Insane asylums Bombay 1873-77 - 1873-1877
Year: 1873
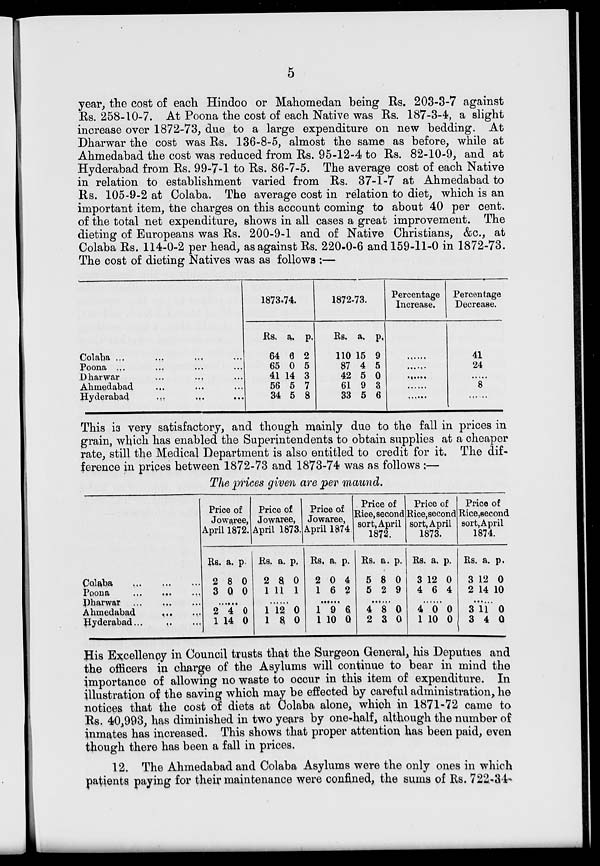
5
year, the cost of each Hindoo or Mahomedan being Rs. 203-3-7 against
Rs. 258-10-7. At Poona the cost of each Native was Rs. 187-3-4, a slight
increase over 1872-73, due to a large expenditure on new bedding. At
Dharwar the cost was Rs. 136-8-5, almost the same as before, while at
Ahmedabad the cost was reduced from Rs. 95-12-4 to Rs. 82-10-9, and at
Hyderabad from Rs. 99-7-1 to Rs. 86-7-5. The average cost of each Native
in relation to establishment varied from Rs. 37-1-7 at Ahmedabad to
Rs. 105-9-2 at Colaba. The average cost in relation to diet, which is an
important item, the charges on this account coming to about 40 per cent.
of the total net expenditure, shows in all cases a great improvement. The
dieting of Europeans was Rs. 200-9-1 and of Native Christians, &c., at
Colaba Rs. 114-0-2 per head, as against Rs. 220-0-6 and 159-11-0 in 1872-73.
The cost of dieting Natives was as follows :—
Colaba ... ... ... ...
Poona ... ... ... ...
Dharwar ... ... ...
Ahmedabad ... ... ...
Hyderabad ... ...
...
1873-74.
Rs.
64
65
41
56
34
a.
6
0
14
5
5
p.
2
5
3
7
8
1872-73.
Rs.
110
87
42
61
33
a.
15
4
5
9
5
p.
9
5
0
3
6
Percentage
Increase.
.....
.....
.....
.....
.....
Percentage
Decrease.
41
24
.....
8
.....
This is very satisfactory, and though mainly due to the fall in prices in
grain, which has enabled the Superintendents to obtain supplies at a cheaper
rate, still the Medical Department is also entitled to credit for it. The dif-
ference in prices between 1872-73 and 1873-74 was as follows :—
The prices given are per maund.
Colaba ... ... ...
Poona ... ... ...
Dharwar ... ... ...
Ahmedabad
...
...
Hyderabad... ... ...
Price of
Jowaree,
April 1872.
Rs.
2
3
a.
8
0
p.
0
0
......
2
1
4
14
0
0
Price of
Jowaree,
April 1873.
Rs.
2
1
a.
8
11
p.
0
1
......
1
1
12
8
0
0
Price of
Jowaree,
April 1874
Rs.
2
1
a.
0
6
p.
4
2
......
1
1
9
10
6
0
Price of
Rice, second
sort, April
1872.
Rs.
5
5
a.
8
2
p.
0
9
......
4
2
8
3
0
0
Price of
Rice,second
sort, April
1873.
Rs.
3
4
a.
12
6
p.
0
4
......
4
1
0
10
0
0
Price of
Rice,second
sort, April
1874.
Rs.
3
2
a.
12
14
p.
0
10
......
3
3
11
4
0
0
His Excellency in Council trusts that the Surgeon General, his Deputies and
the officers in charge of the Asylums will continue to bear in mind the
importance of allowing no waste to occur in this item of expenditure. In
illustration of the saving which may be effected by careful administration, he
notices that the cost of diets at Colaba alone, which in 1871-72 came to
Rs. 40,993, has diminished in two years by one-half, although the number of
inmates has increased. This shows that proper attention has been paid, even
though there has been a fall in prices.
12. The Ahmedabad and Colaba Asylums were the only ones in which
patients paying for their maintenance were confined, the sums of Rs. 722-34-